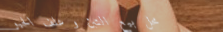
محل بيع التبن و علف الحيو